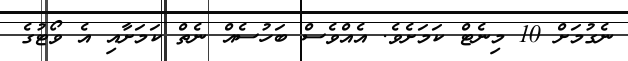
ނެގުމަށް 10 މިނެޓް ކަމަށެވެ. އެއްވެސް ބަހުސެއް ނެތް ކަމަށާއި އެ ވޯޓުގެ